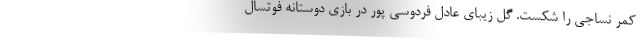
کمر نساجی را شکست. گل زیبای عادل فردوسی پور در بازی دوستانه فوتسال